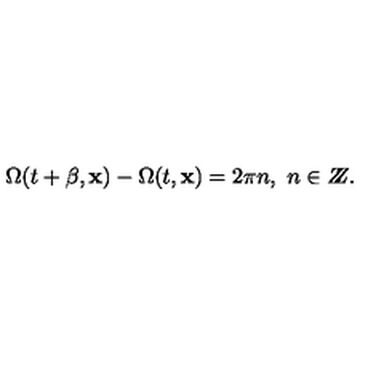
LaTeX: \Omega ( t + \beta , { \bf x } ) - \Omega ( t , { \bf x } ) = 2 \pi n , \ n \in Z \! \! \! Z .